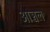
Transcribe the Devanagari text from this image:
आञ्चल